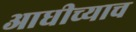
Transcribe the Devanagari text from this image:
आधीच्याच